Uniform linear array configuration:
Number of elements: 12
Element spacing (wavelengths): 0.25
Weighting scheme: binomial
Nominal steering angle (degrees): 60
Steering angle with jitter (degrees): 60.155
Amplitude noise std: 0.05
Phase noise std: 0.05

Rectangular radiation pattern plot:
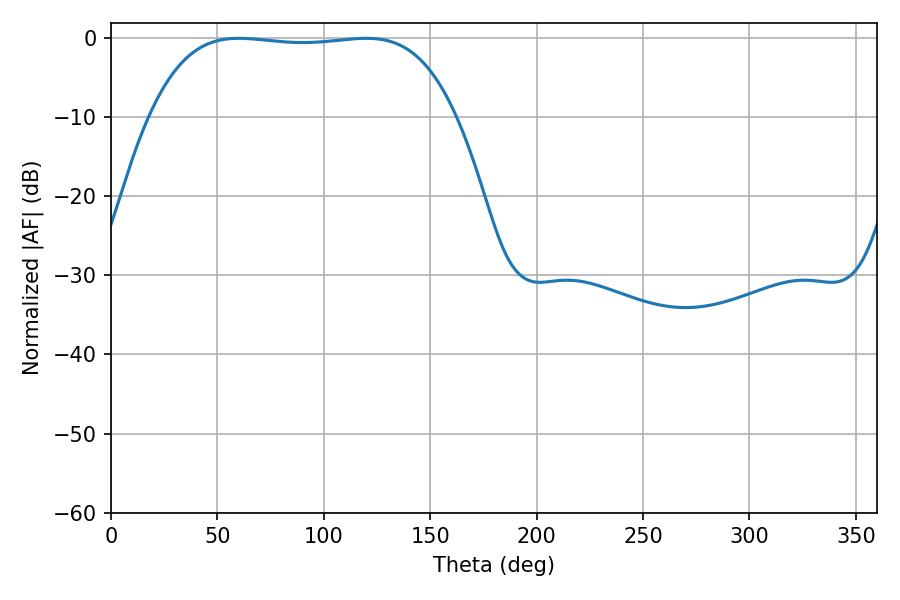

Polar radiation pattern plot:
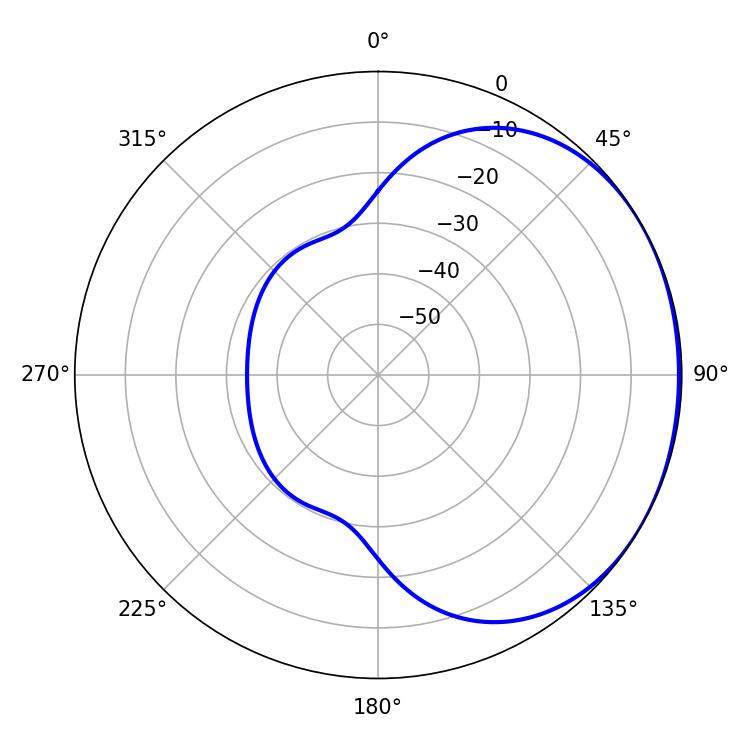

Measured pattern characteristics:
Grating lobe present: FALSE
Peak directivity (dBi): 1.032
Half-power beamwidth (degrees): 112.68
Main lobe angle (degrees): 60.12